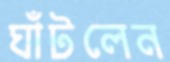
ঘাঁটলেন